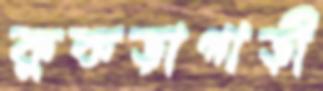
কুকড়াগাড়ী